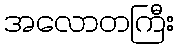
အလောတကြီး